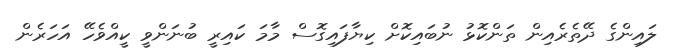
ލައިންގެ ދޭތެރެއިން ތަންކޮޅު ނުބައިކޮށް ކިޔާފައިގޮސް މާމަ ކައިރީ ބުނަންވީ ކީއްވެހޭ އަހަރެން